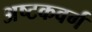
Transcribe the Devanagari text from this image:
अष्टकवर्ग